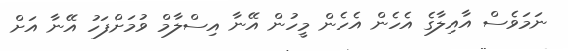
ނަމަވެސް އާއިލާގެ އެހެން އެހެން މީހުން އޭނާ އިސްލާމް ވުމަށްފަހު އޭނާ އަށް